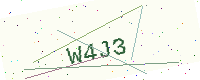
Text: W4J3